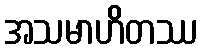
အသမာဟိတဿ